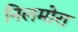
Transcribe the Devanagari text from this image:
निलमोरा